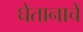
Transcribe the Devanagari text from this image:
घेतानाचे